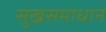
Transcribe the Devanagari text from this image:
सुखसमाधान